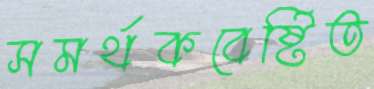
সমর্থকবেষ্টিত